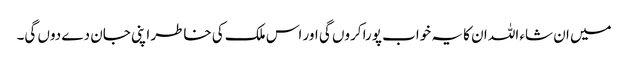
میں ان شاء اللہ ان کا یہ خواب پورا کروں گی اور اس ملک کی خاطر اپنی جان دے دوں گی۔